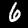
Digit: 6